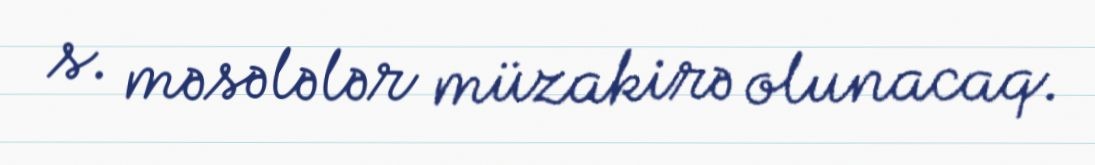
s. məsələlər müzakirə olunacaq.